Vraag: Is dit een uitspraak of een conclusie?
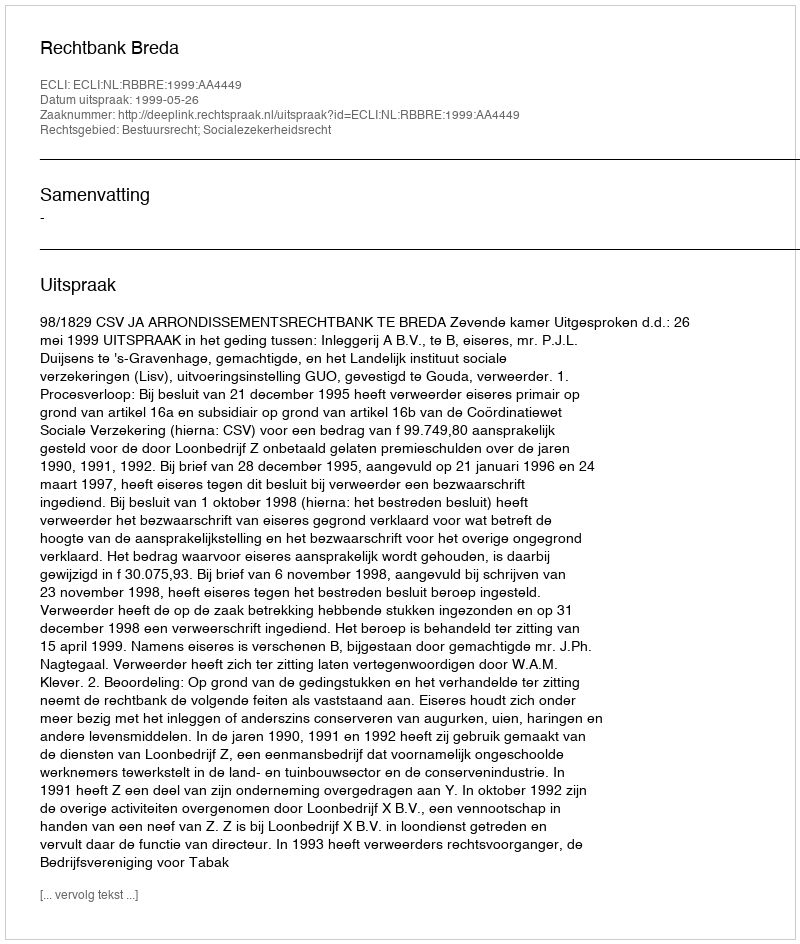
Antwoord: Uitspraak